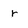
Character: r